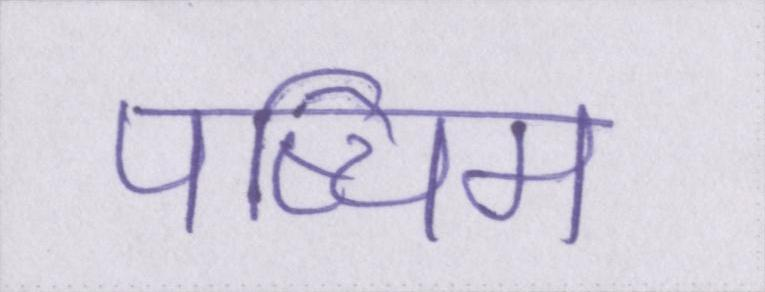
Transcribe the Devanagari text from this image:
पष्चिम